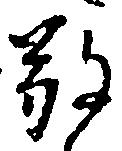
敬